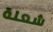
شعلة